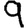
Digit: 9